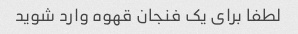
لطفا برای یک فنجان قهوه وارد شوید